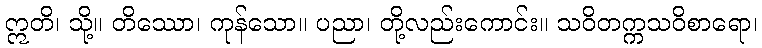
ဣတိ၊ သို့။ တိဿော၊ ကုန်သော။ ပညာ၊ တို့လည်းကောင်း။ သဝိတက္ကသဝိစာရော၊